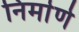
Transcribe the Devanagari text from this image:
निर्मार्ण